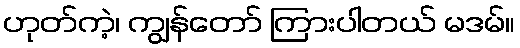
ဟုတ်ကဲ့၊ ကျွန်တော် ကြားပါတယ် မဒမ်။